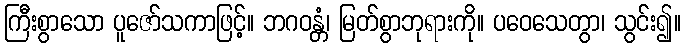
ကြီးစွာသော ပူဇော်သကာဖြင့်။ ဘဂဝန္တံ၊ မြတ်စွာဘုရားကို။ ပဝေသေတွာ၊ သွင်း၍။